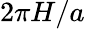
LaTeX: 2\pi H/a